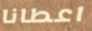
اعطانا